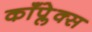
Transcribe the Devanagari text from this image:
काँप्लेक्स